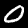
Digit: 0